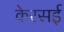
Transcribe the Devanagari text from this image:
केरसई